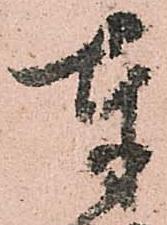
奉